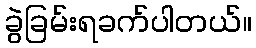
ခွဲခြမ်းရခက်ပါတယ်။